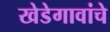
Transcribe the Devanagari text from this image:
खेडेगावांचे